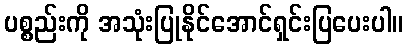
ပစ္စည်းကို အသုံးပြုနိုင်အောင်ရှင်းပြပေးပါ။